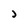
Character: J